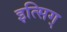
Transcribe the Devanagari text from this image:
इत्सिग्